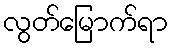
လွတ်မြောက်ရာ